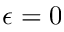
\epsilon = 0